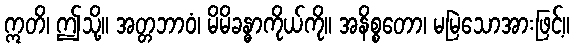
ဣတိ၊ ဤသို့။ အတ္တဘာဝံ၊ မိမိခန္ဓာကိုယ်ကို။ အနိစ္စတော၊ မမြဲသောအားဖြင့်။